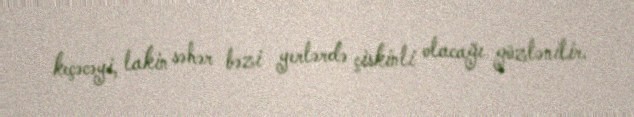
keçəcəyi, lakin səhər bəzi yerlərdə çiskinli olacağı gözlənilir.